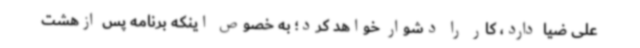
علی ضیا دارد، کار را دشوار خواهد کرد؛ به خصوص اینکه برنامه پس ازهشت